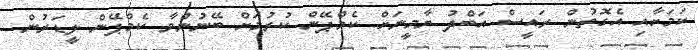
ކަމަށާއި އެގޮތުން ރައީސް އަބްދު ޔާމީނަށް ކެމްޕޭން ކުރުމަށް ބޭނުންވާ ކެމްޕޭން ލީޑަރުން